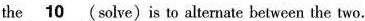
the \underline{10} (solve)is to alternate between the two.